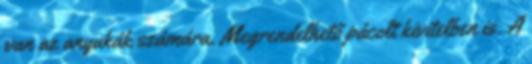
van az anyukák számára. Megrendelhető pácolt kivitelben is. A